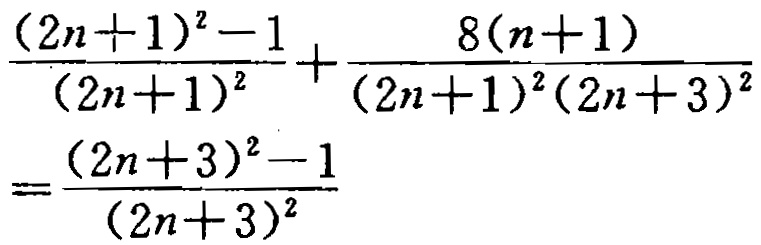
\[\frac{(2n + 1)^2 - 1}{(2n + 1)^2}+\frac{8(n + 1)}{(2n + 1)^2(2n + 3)^2}=\frac{(2n + 3)^2 - 1}{(2n + 3)^2}\]